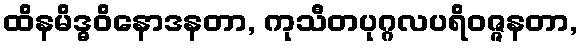
ထိနမိဒ္ဓဝိနောဒနတာ, ကုသီတပုဂ္ဂလပရိဝဇ္ဇနတာ,